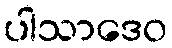
ပါသာဒေဝ